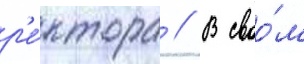
р'е́ктора // В своо́м